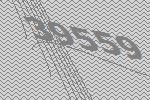
39559